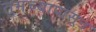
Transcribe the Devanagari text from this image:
तुमच्यापासून